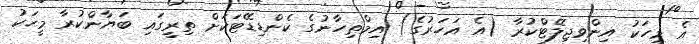
އެ މީހަކު އިންވިޖިލޭޓްކުރާ (އެ އަހަރުގެ) އިމްތިހާނުގެ ކެންޑިޑޭޓަކަށް ތިރީގައި ބަޔާންކުރާ މީހަކު